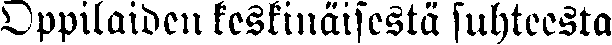
Oppilaiden keskinäisestä suhteesta